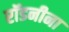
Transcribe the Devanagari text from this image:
रॉडनीना